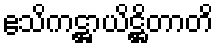
ဧသိကဋ္ဌာယိဋ္ဌိတာတိ